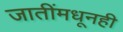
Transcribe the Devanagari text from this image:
जातींमधूनही